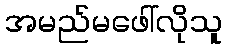
အမည်မဖေါ်လိုသူ